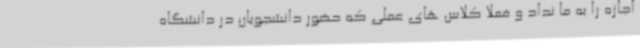
اجازه را به ما نداد و فعلا کلاس های عملی که حضور دانشجویان در دانشگاه